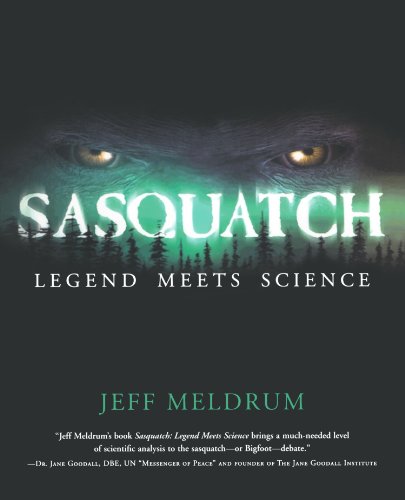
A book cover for Sasquatch: Legend Meets Science; Jeff Meldrum; Science & Math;